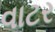
વાટર